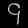
Digit: ၄